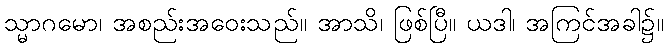
သ္မာဂမော၊ အစည်းအဝေးသည်။ အာသိ၊ ဖြစ်ပြီ။ ယဒါ၊ အကြင်အခါ၌။